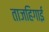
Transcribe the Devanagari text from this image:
ताजहिगाई